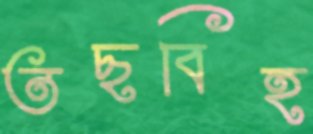
তছবিহ